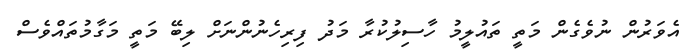
އެވަރުން ނުވެގެން މަތީ ތައުލީމު ހާސިލުކުރާ މަދު ފިރިހެނުންނަށް ލިބޭ މަތީ މަގާމުތައްވެސް